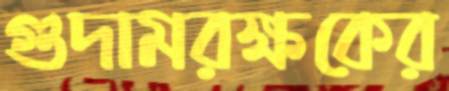
গুদামরক্ষকের